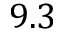
9 . 3